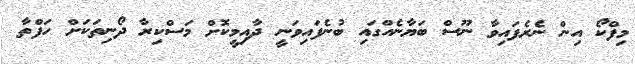
މިފްކޯ އިން ނެރެފައިވާ ނޫސް ބަޔާނެއްގައި ބުނެފައިވަނީ ދާއިމީކޮށް މަސްކިރާ ދޯނިތަކަށް ހަފްތާ